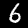
Digit: 6